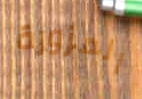
المزورة